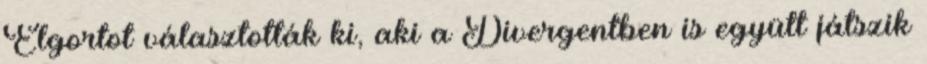
Elgortot választották ki, aki a Divergentben is együtt játszik